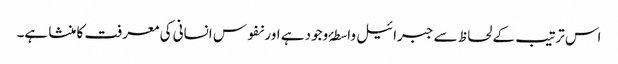
اس ترتیب کے لحاظ سے جبرائیل واسطۂ وجود ہے اور نفوس انسانی کی معرفت کا منشا ہے۔